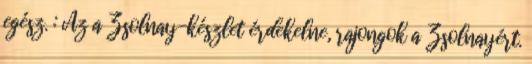
egész. : Az a Zsolnay-készlet érdekelne, rajongok a Zsolnayért.